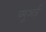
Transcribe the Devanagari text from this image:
व्यूअर्ज़